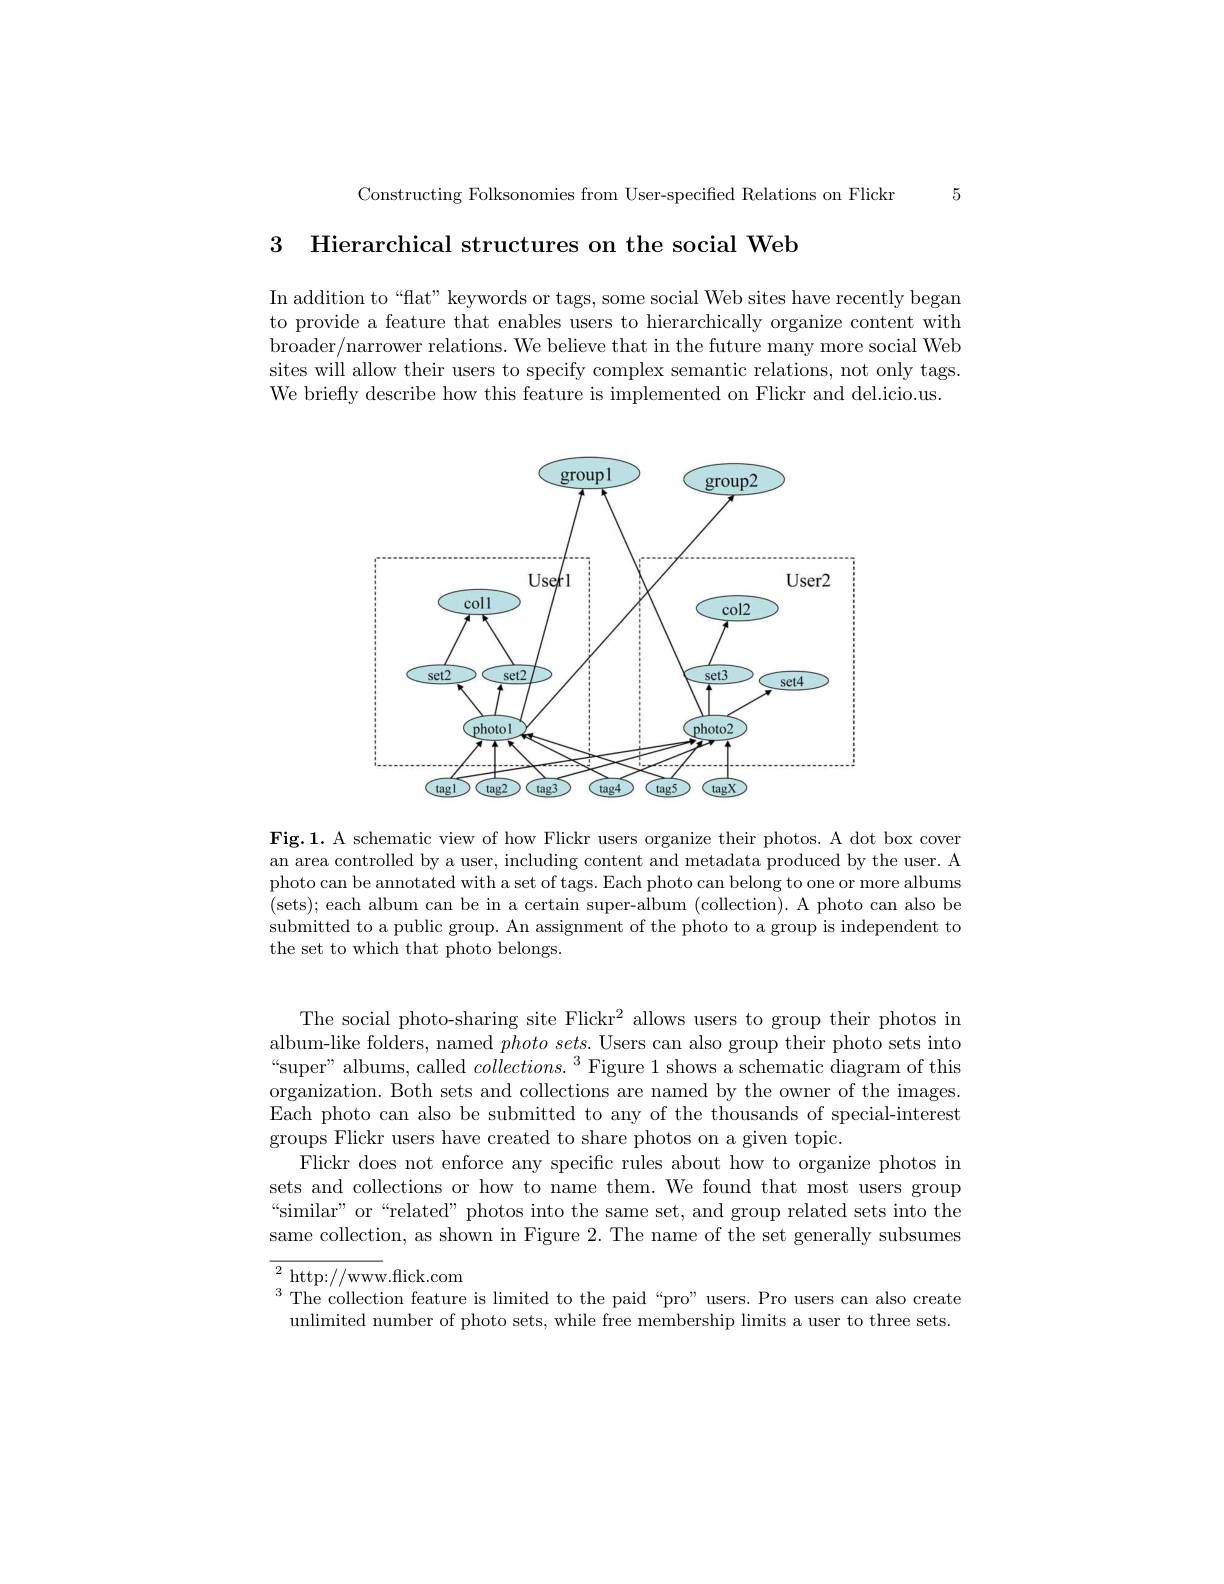
Constructing Folksonomies from User-specified Relations on Flickr 5

3 Hierarchical structures on the social Web

In addition to“flat” keywords or tags, some social Web sites have recently began to provide a feature that enables users to hierarchically organize content with broader/narrower relations. We believe that in the future many more social Web sites will allow their users to specify complex semantic relations, not only tags. We briefly describe how this feature is implemented on Flickr and del.icio.us

<FigureHere>

Fig.1. A schematic view of how Flickr users organize their photos. A dot box cover an area controlled by a user, including content and metadata produced by the user. A photo can be annotated with a set of tags. Each photo can belong to one or more albums (sets); each album can be in a certain super-album (collection). A photo can also be submitted to a public group. An assignment of the photo to a group is independent to the set to which that photo belongs.

The social photo-sharing site Flickr$^2$ allows users to group their photos in album-like folders, named $photosets.$ Users can also group their photo sets into “super” albums, called $collections.^3$ Figure 1 shows a schematic diagram of this organization. Both sets and collections are named by the owner of the images. Each photo can also be submitted to any of the thousands of special-interest groups Flickr users have created to share photos on a given topic.
Flickr does not enforce any specific rules about how to organize photos in sets and collections or how to name them. We found that most users group “similar” or“related” photos into the same set, and group related sets into the same collection, as shown in Figure 2. The name of the set generally subsumes

$^{2}$http://www.flick.com
The collection feature is limited to the paid “pro” users. Pro users can also create
unlimited number of photo sets, while free membership limits a user to three sets.